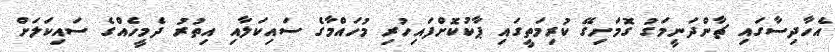
އެހާދިސާގައި ޗާންދަނީމަގު ގޮމަށިގޭ ކުރިމަތީގައި ޕާކުކޮށްފައިހުރި މުހައްމާގެ ސައިކަލާއި އިތުރު ދެމީހެއްގެ ސައިކަލަށް